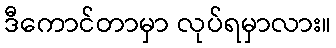
ဒီကောင်တာမှာ လုပ်ရမှာလား။